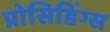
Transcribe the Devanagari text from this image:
प्रोसिडिंग्स